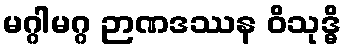
မဂ္ဂါမဂ္ဂ ဉာဏဒဿန ဝိသုဒ္ဓိ